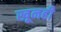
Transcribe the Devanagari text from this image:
खूनही